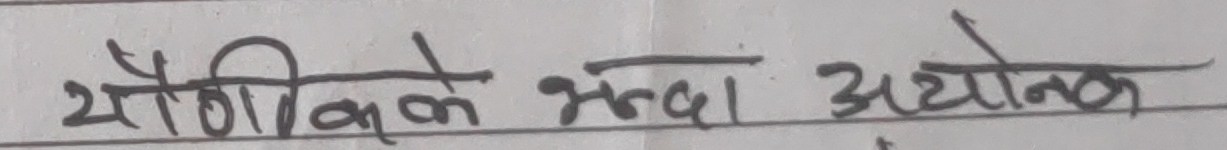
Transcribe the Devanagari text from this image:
यौगिकके भन्दा अयोलक